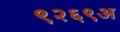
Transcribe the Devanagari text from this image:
९२६९अ